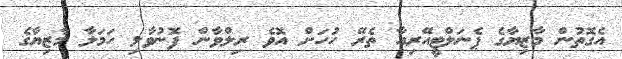
އެގޮތުން މާޒިޔާގެ ޕެނަލްޓީއޭރިއާ ތެރޭ ހުހަށް އޮވެ ރިލްވާން ފޮނުވާލި ހަމަލާ މާޒިޔާގެ